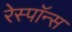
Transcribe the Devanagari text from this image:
रेस्पाॅन्स